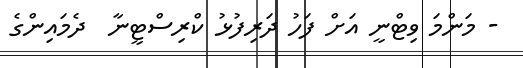
- މަންމަ ވިޓްނީ އަށް ފަހު ދަރިފުޅު ކްރިސްޓީނާ  ދެމައިންގެ